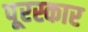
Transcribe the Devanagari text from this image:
पूरस्कार